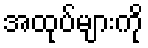
အထုပ်များကို